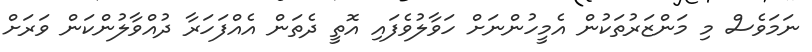
ނަމަވެސް މި މަންޒަރުތަކުން އެމީހުންނަށް ހަވާލުވެފައި އޮތީ ދެތަން އެއްފަހަރާ ދުއްވާލުންކަން ވަރަށް